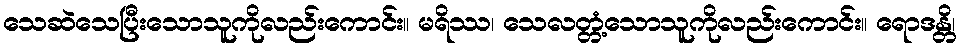
သေဆဲသေပြီးသောသူကိုလည်းကောင်း။ မရိဿ၊ သေလတ္တံ့သောသူကိုလည်းကောင်း။ ရောဒန္တိ၊